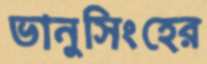
ভানুসিংহের